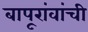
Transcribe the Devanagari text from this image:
बापूरांवांची